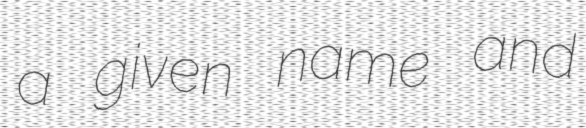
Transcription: a given name and